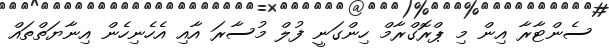
ސެންޓާރާ އިން މި ޕްރޮގްރާމް ހިންގަނީ ފުލް މުސާރަ އާއި އެހެނިހެން އިނާޔަތްތައް